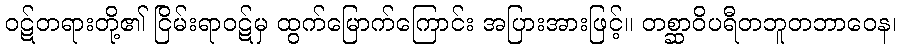
ဝဋ်တရားတို့၏ ငြိမ်းရာဝဋ်မှ ထွက်မြောက်ကြောင်း အပြားအားဖြင့်။ တစ္ဆာဝိပရီတဘူတဘာဝေန၊